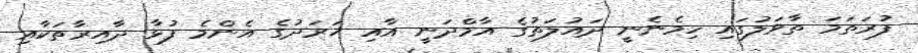
ފުރަތަމަ ތާވަލުގައި ހިމެނެނީ ދައުލަތުގެ އާމްދަނީ އާއި ޚަރަދުގެ އެންމެ ފުޅާ ދާއިރާތަކާއި